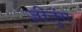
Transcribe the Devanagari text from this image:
ज़ीतुंग